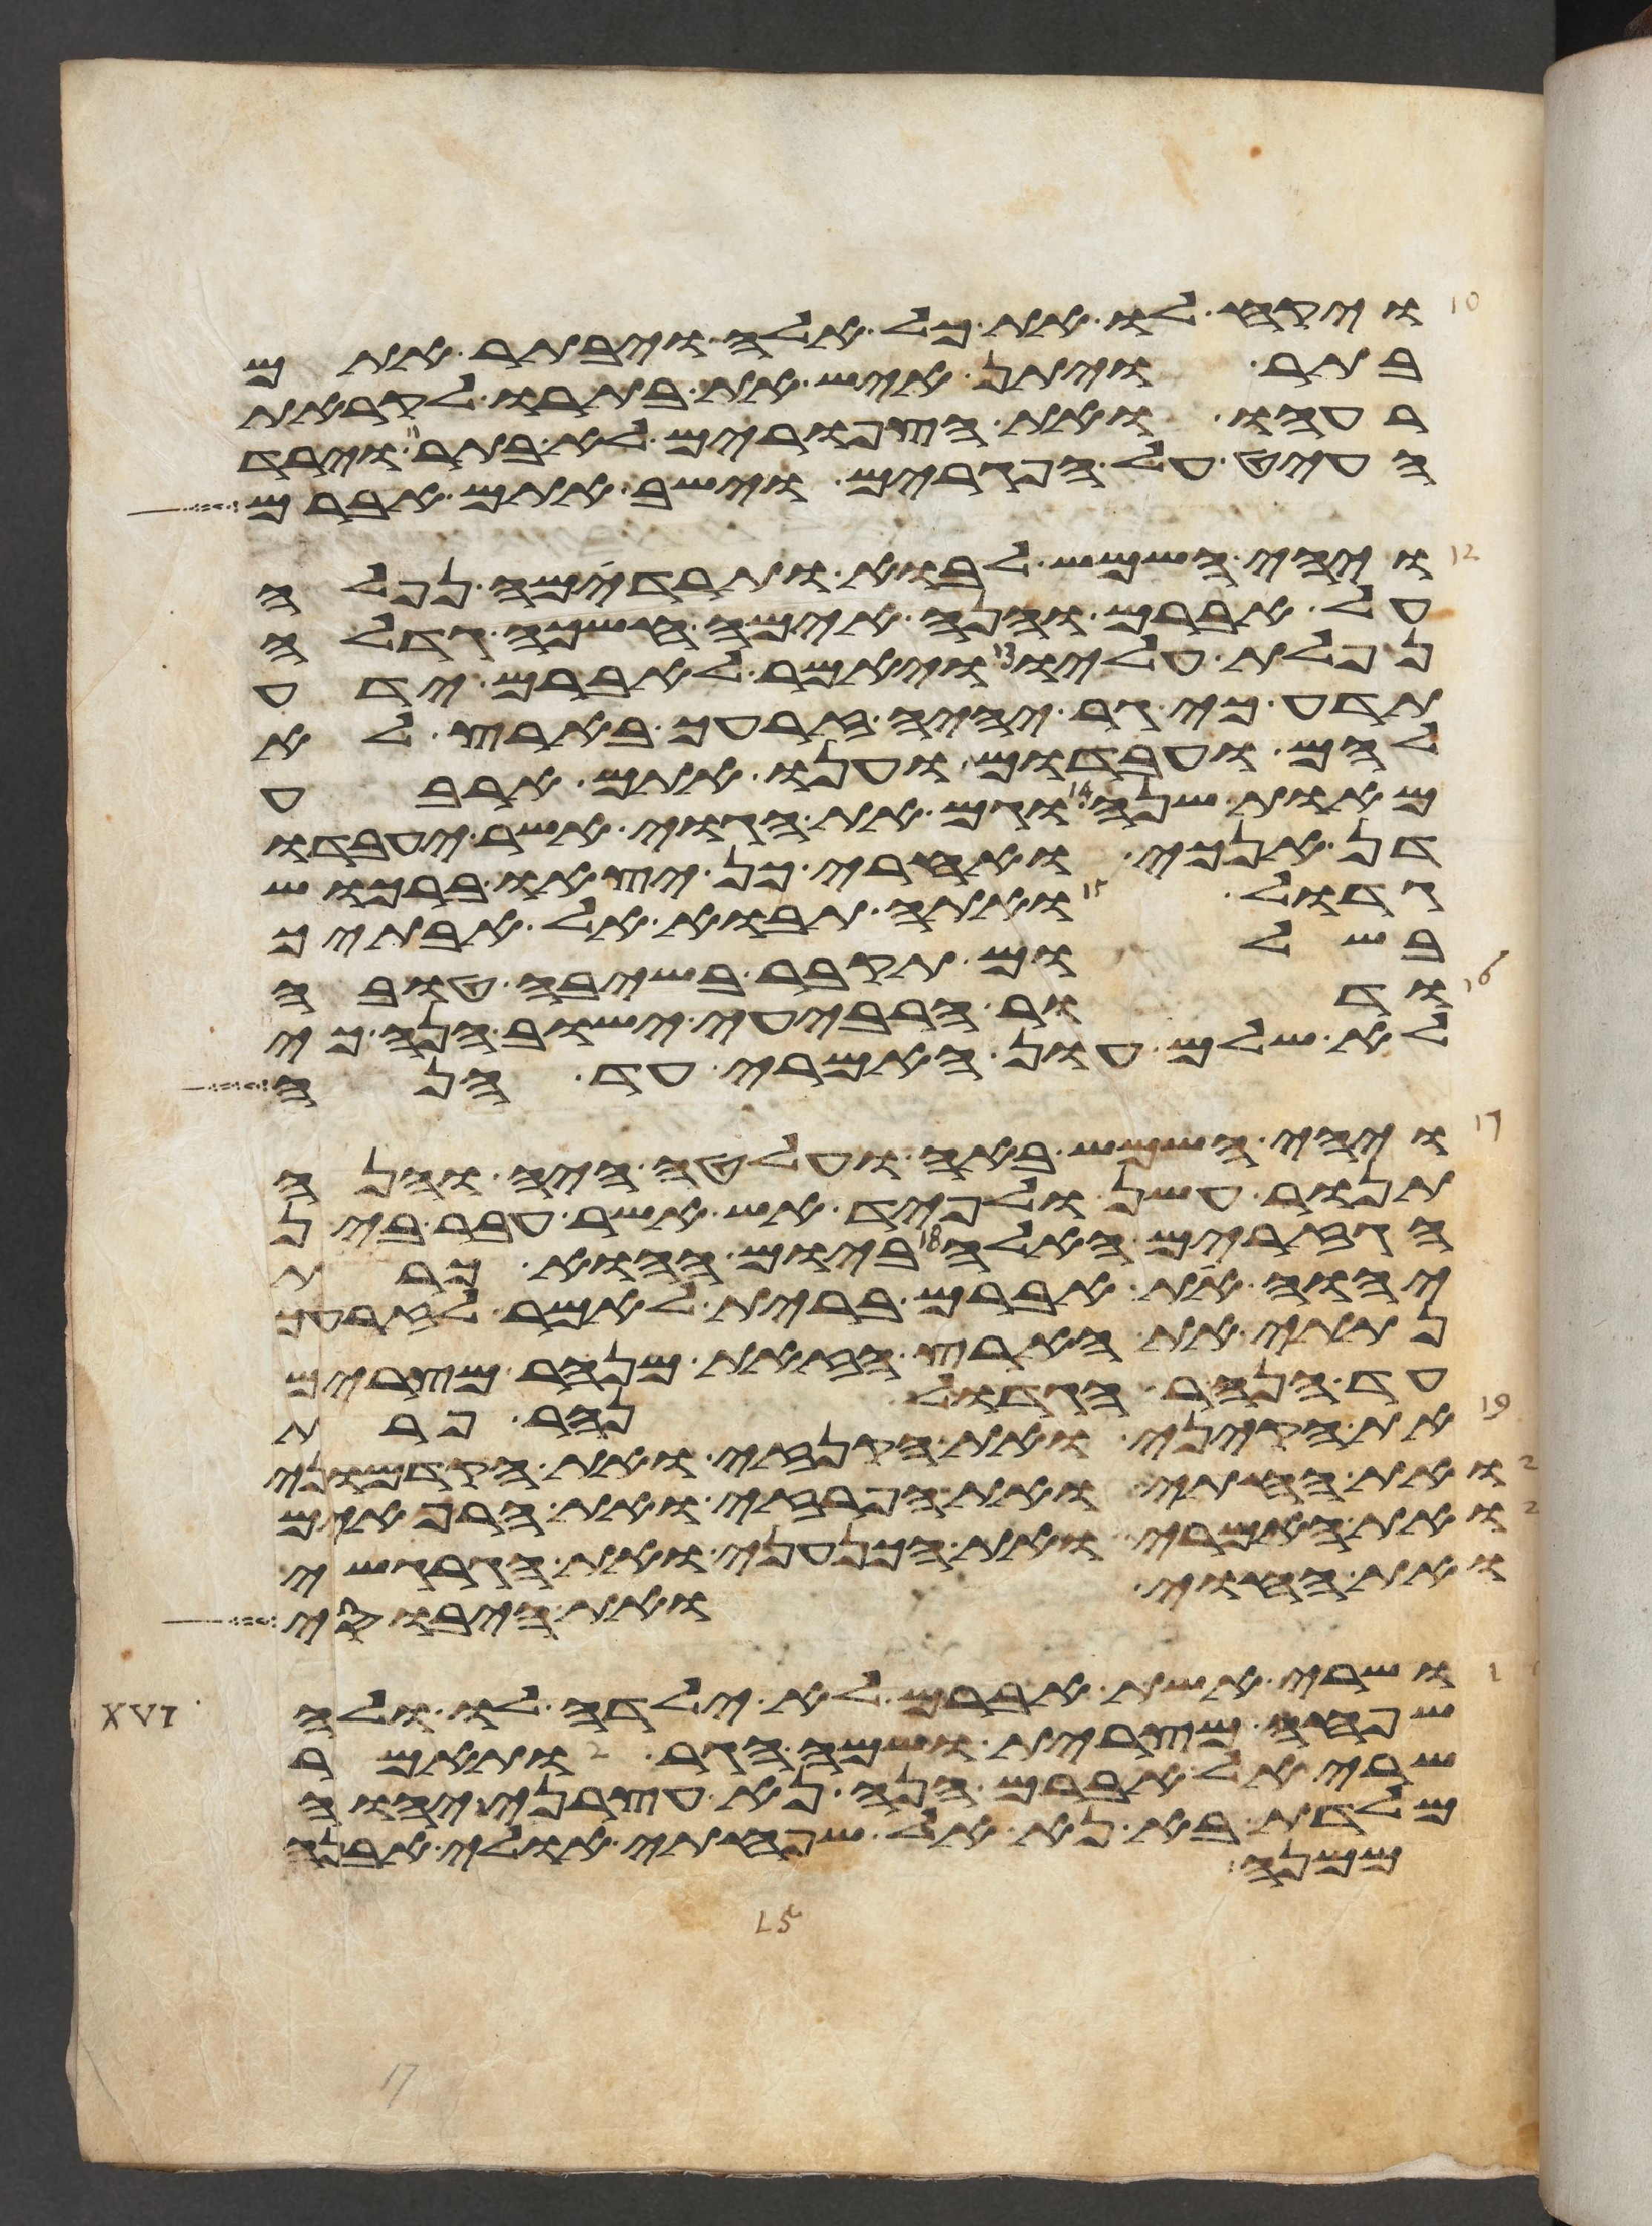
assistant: ויקח לו את כל אלה ויבתר אתם
בתור ויתן איש את בתרו לקראת
רעהו ואת הצפורים לא בתר וירד
העיט על הפגרים וישב אתם אברם
ויהי השמש לבוא ותרדמה נפלה
על אברם והנה אימה חשכה גדלה
נפלת עליו ויאמר לאברם ידע
תדע כי גר יהיה זרעך בארץ לא
להם ועבדום וענו אתם ארבע
מאות שנה וגם את הגוי אשר יעבדו
דן אנכי ואחרי כן יצאו ברכוש
גדול ואתה תבוא אל אבתיך
בשלום תקבר בשיבה טובה
ודור הרביעי ישוב הנה כי
לא שלם עון האמרי עד הנה
ויהי השמש באה ועלטה היה והנה
תנור עשן ולפיד אש אשר עבר בין
הגזרים האלה ביום ההוא כרת
יהוה את אברם ברית לאמר לזרעך
נתתי את הארץ הזאת מנהר מצרים
עד הנהר הגדול נהר פרת
את הקיני ואת הקנזי ואת הקדמוני
ואת החתי ואת הפרזי ואת הרפאים
ואת האמרי ואת הכנעני ואת הגרגשי
ואת החוי ואת היבוסי
ושרי אשת אברם לא ילדה לו ולה
שפחה מצרית ושמה הגר ותאמר
שרי אל אברם הנה נא עצרני יהוה
מלדת בא נא אל שפחתי אולי אבנה
ממנה